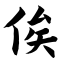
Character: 俟